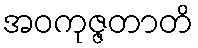
အဝကုဇ္ဇတာတိ